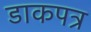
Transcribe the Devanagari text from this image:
डाकपत्र